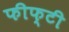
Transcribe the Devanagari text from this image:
फीफ्टी